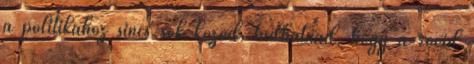
a politikához sincs sok közöd, tudhatnád, hogy a rövid